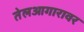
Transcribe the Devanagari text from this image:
तेलआगारावर